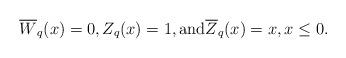
LaTeX: \begin{align*}\overline{W}_q(x) = 0, Z_q(x) = 1, \textrm{and} \overline{Z}_q(x) = x, x \leq 0. \end{align*}